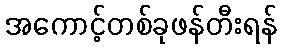
အကောင့်တစ်ခုဖန်တီးရန်